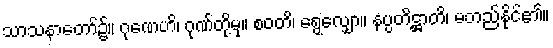
သာသနာတော်၌။ ဂုဏေဟိ၊ ဂုဏ်တို့မှ။ စဝတိ၊ ရွေလျှော။ နပ္ပတိဋ္ဌာတိ၊ မတည်နိုင်၏။